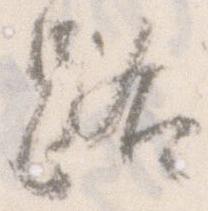
路